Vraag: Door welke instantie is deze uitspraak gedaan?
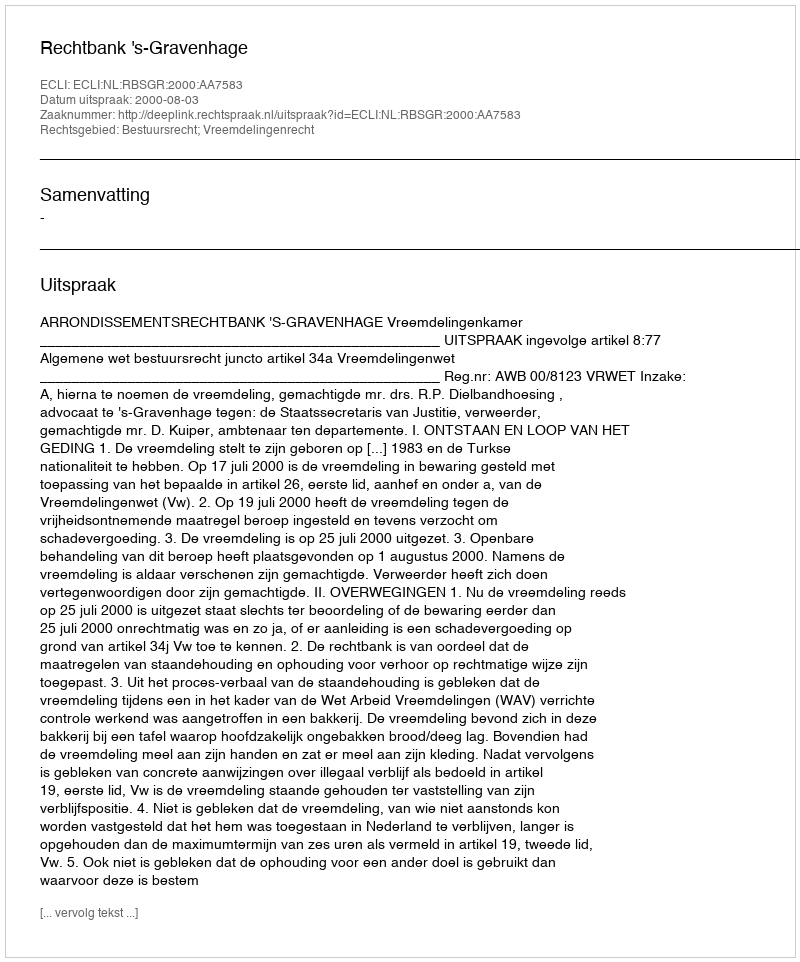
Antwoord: Rechtbank 's-Gravenhage